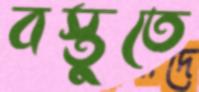
বস্তুতে